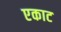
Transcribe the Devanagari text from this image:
एकाट